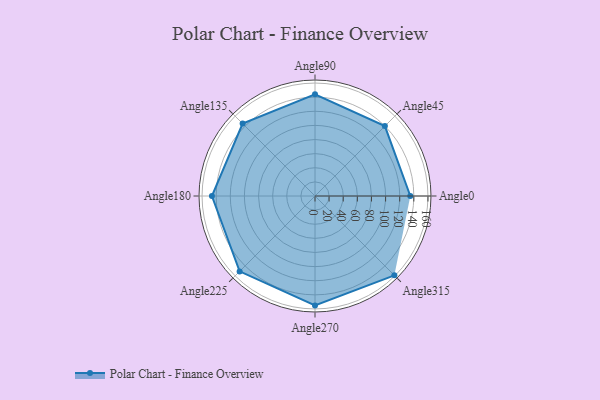
{"axis": {"x": "Angle", "y": "Radius"}, "legend": [""], "data": [{"x": "Angle0", "y": 135.0, "type": ""}, {"x": "Angle45", "y": 140.0, "type": ""}, {"x": "Angle90", "y": 144.0, "type": ""}, {"x": "Angle135", "y": 145.0, "type": ""}, {"x": "Angle180", "y": 146.0, "type": ""}, {"x": "Angle225", "y": 151.0, "type": ""}, {"x": "Angle270", "y": 155.0, "type": ""}, {"x": "Angle315", "y": 159.0, "type": ""}]}